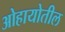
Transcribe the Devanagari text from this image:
ओहायोतील